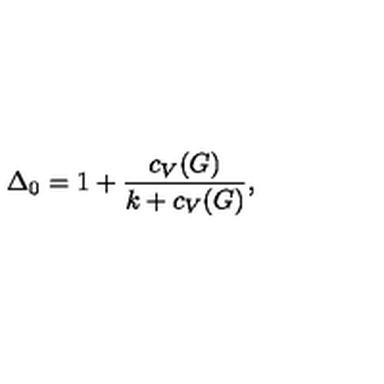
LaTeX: \Delta _ { 0 } = 1 + { \frac { c _ { V } ( G ) } { k + c _ { V } ( G ) } } ,